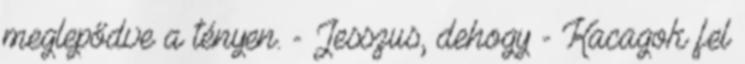
meglepődve a tényen. - Jesszus, dehogy - Kacagok fel